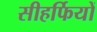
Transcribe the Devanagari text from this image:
सीहर्फियों